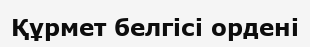
Құрмет белгісі ордені